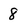
Character: 8